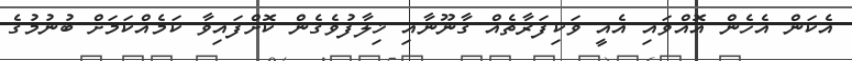
އެކަން އެހެން އޮއްވައި އެއީ ވަކިފަރާތެއް ގާނޫނާއި ޚިލާފުވެގެން ކޮށްފައިވާ ކަމެއްކަމަށް ބުނުމުގެ